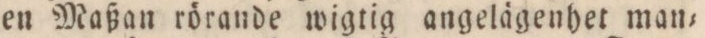
en Maßan rörande wigtig angelägenhet man=